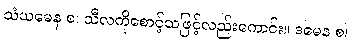
သံယမေန စ၊ သီလကိုစောင့်သဖြင့်လည်းကောင်း။ ဒမေန စ၊